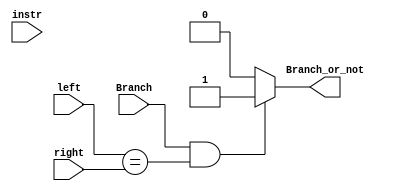
`define beq 6'b000100
`define bgez 6'b000001
`define bgtz 6'b000111
`define blez 6'b000110
`define bltz 6'b000001
`define bne 6'b000101
//opcode
`define Bgez 000001
`define Bltz 000000

module D_CMP(
    input [31:0] left,
    input [31:0] right,
    input [31:0] instr,
    input Branch,
    output Branch_or_not
);

    assign Branch_or_not = (Branch && left==right) ? 1'b1 : 1'b0;

endmodule